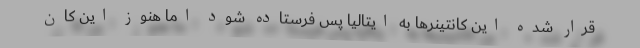
قرار شده این کانتینرها به ایتالیا پس فرستاده شود اما هنوز این کان